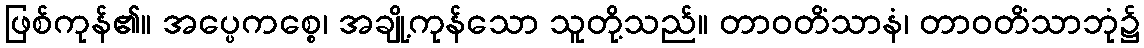
ဖြစ်ကုန်၏။ အပ္ပေကစ္စေ၊ အချို့ကုန်သော သူတို့သည်။ တာဝတိံသာနံ၊ တာဝတိံသာဘုံ၌